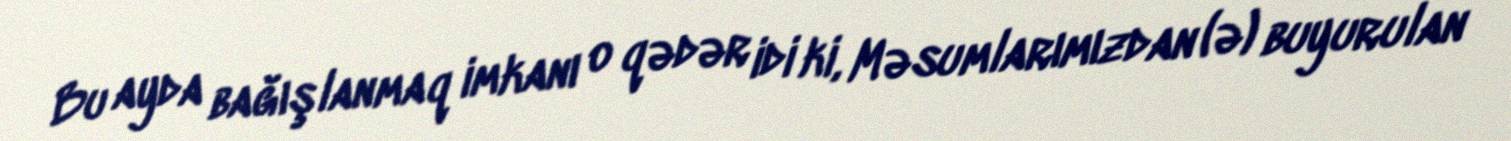
Bu ayda bağışlanmaq imkanı o qədər idi ki, Məsumlarımızdan (ə) buyurulan